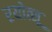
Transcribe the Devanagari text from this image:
रयोत्सू